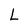
Character: L